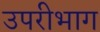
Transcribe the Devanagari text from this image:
उपरीभाग